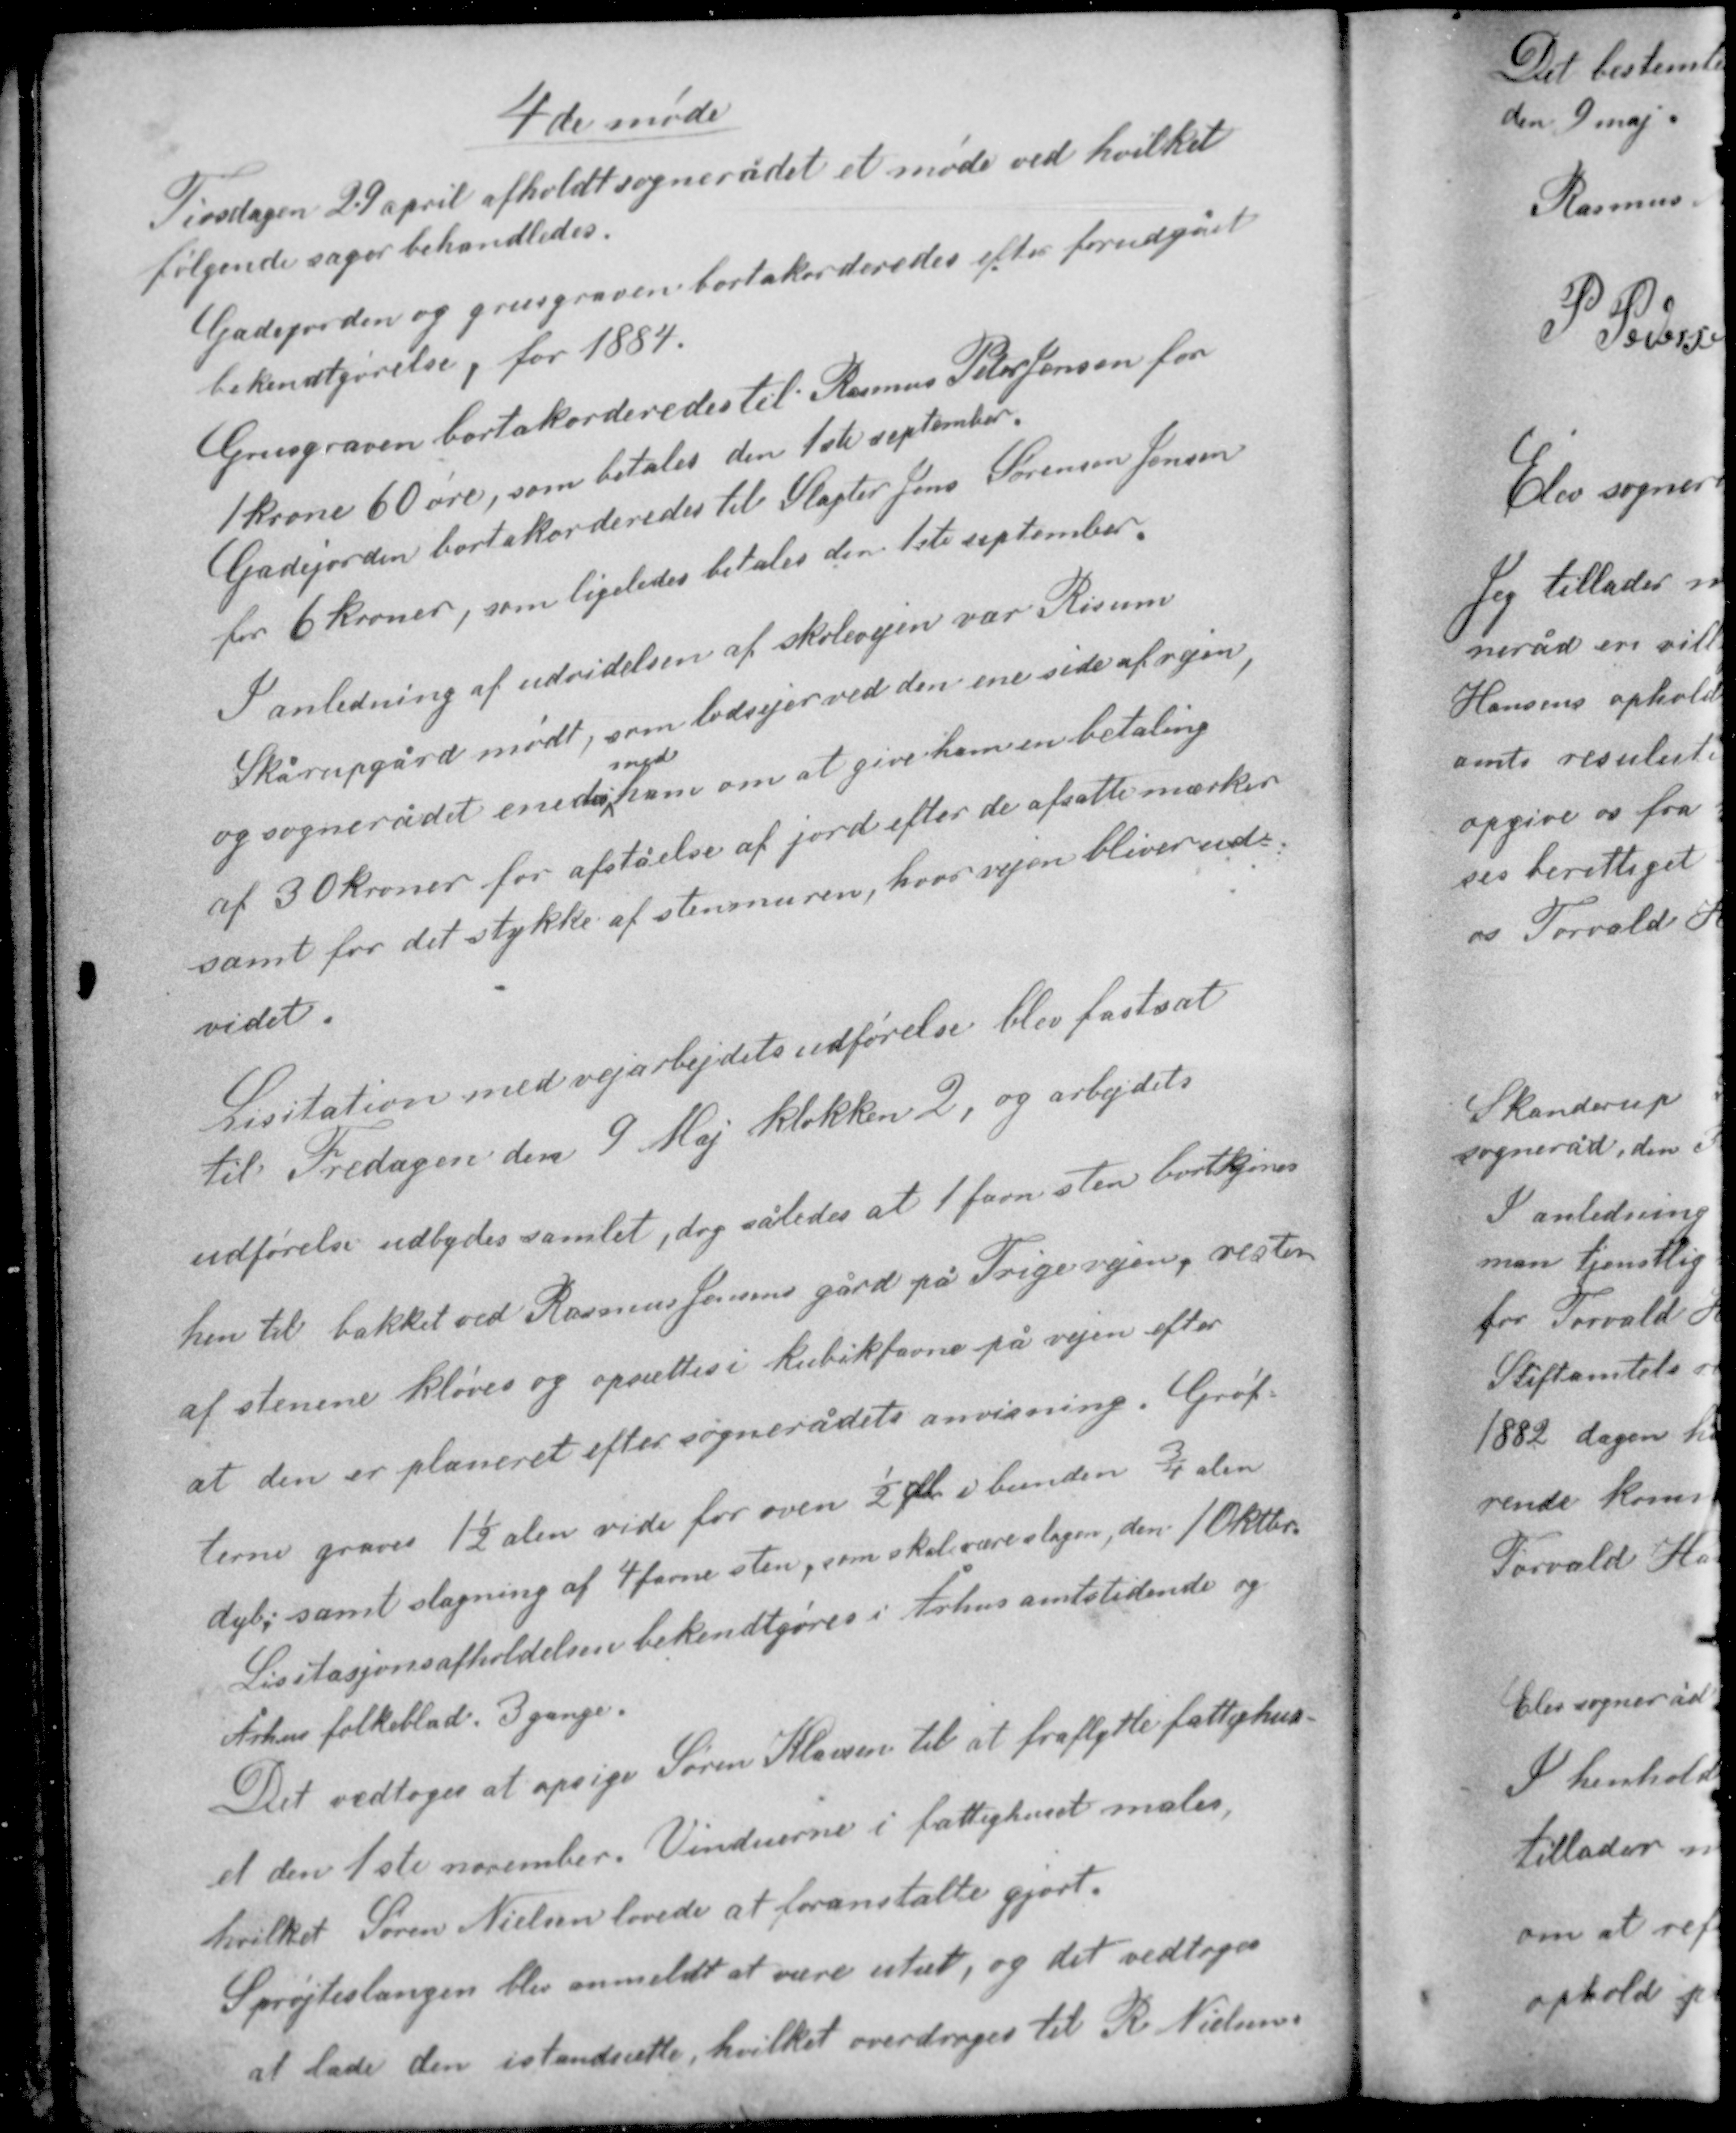
Transskription:
4de møde

Tirsdagen 29 april afholdt sognerådet et møde ved hvilket
følgende sager behandledes.
Gadejorden og grusgraven bortakorderedes efter forudgået
bekendtgørelse, for 1884.
Grusgraven bortakorderedes til Rasmus Peter Jensen for
1 krone 60 øre, som betales den 1ste september.
Gadejorden bortakorderedes til Slagter Jens Sørensen Jensen
for 6 kroner, som ligeledes betales den 1ste september.

I anledning af udvidelsen af skolevejen var Risum
Skårupgård mødt, som lodsejer ved den ene side af vejen,
med
og sognerådet enedes ham om at give ham en betaling
af 30 kroner for afståelse af jord efter de afsatte mærker
samt for det stykke at stenmuren, hvor vejen bliver ud-
videt.

Licitation med vejarbejdets udførelse blev fastsat
til Fredagen den 9 Maj klokken 2, og arbejdets
udførelse udbydes samlet, dog således at 1 favn sten bortkjøres
hen til hakket ved Rasmus Jensens gård på Trige vejen, resten
af stenene kløves og oprettes i kubikfavne på vejen efter
at den er planeret efter sognerådets anvisninger. Grøf-
terne graves 1½ alen vide for oven ½ alen i bunden ¾ alen
dyb; samt slagning af 4 favne sten, som skal være slagen den 1 Oktober.
Licitasjonsafholdelsen bekendtgøres i Århus amtstidende og
Århus folkeblad 3 gange.

Det vedtoges at opsige Søren Klavsen til at fraflytte fattighus-
et den 1ste november. Vinduerne i fattighuset males,
hvilket Søren Nielsen lovede at foranstalte gjort.
Sprøjteslangen blev anmeldt at være utæt, og det vedtoges
at lade den istandsætte, hvilket overdrages til R Nielsen.